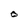
Character: O